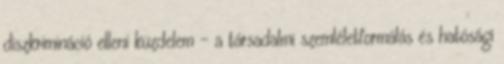
diszkrimináció elleni küzdelem – a társadalmi szemléletformálás és hatósági